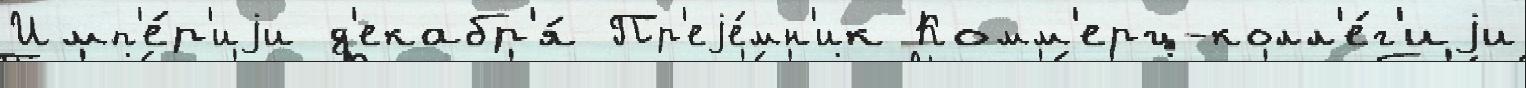
Имп'е́р'иjи д'екабр'я́ Пр'еjе́мн'ик Комм'ерц-колл'е́г'иjи